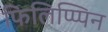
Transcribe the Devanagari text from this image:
फिलिप्प्पिन